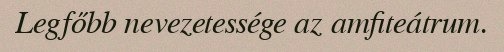
Legfőbb nevezetessége az amfiteátrum.